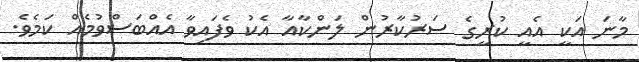
މާނަ އަކީ އެއީ ކުރީގެ ސަރުކާރުން ލަންކާއާ އެކު ވެފައިވާ އެއްބަސްވުމެއް ކަމެވެ.